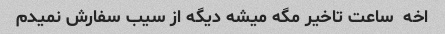
اخه  ساعت تاخیر مگه میشه دیگه از سیب سفارش نمیدم